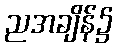
ညအချိန်၌